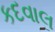
કદવાલ